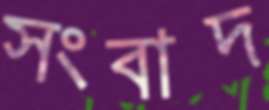
সংবাদ